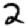
Digit: 2